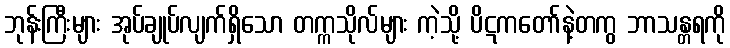
ဘုန်းကြီးများ အုပ်ချုပ်လျက်ရှိသော တက္ကသိုလ်များ ကဲ့သို့ ပိဋကတော်နဲ့တကွ ဘာသန္တရကို